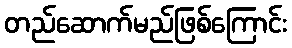
တည်ဆောက်မည်ဖြစ်ကြောင်း